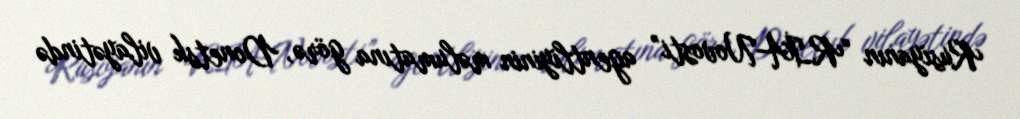
Rusiyanın “RİA-Novosti” agentliyinin məlumatına görə, Donetsk vilayətində